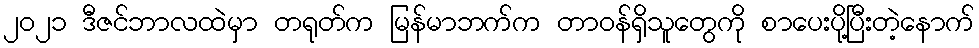
၂၀၂၁ ဒီဇင်ဘာလထဲမှာ တရုတ်က မြန်မာဘက်က တာဝန်ရှိသူတွေကို စာပေးပို့ပြီးတဲ့နောက်